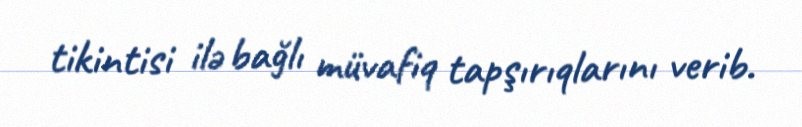
tikintisi ilə bağlı müvafiq tapşırıqlarını verib.